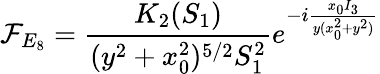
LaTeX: \mathcal{F}_{E_{8}}=\frac{{K_{2}(S_{1})}}{{(y^{2}+x_{0}^{2})^{5/2}S_{1}^{2}}}e^{-i\frac{{x_{0}I_{3}}}{{y(x_{0}^{2}+y^{2})}}}